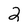
Character: 2